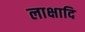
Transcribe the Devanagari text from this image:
लाक्षादि